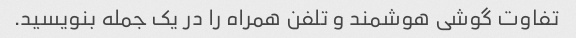
تفاوت گوشی هوشمند و تلفن همراه را در یک جمله بنویسید.